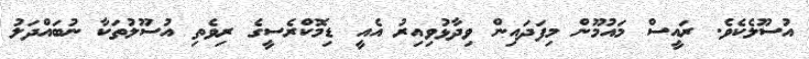
އުސޫލެކެވެ. ރައީސް މައުމޫން މިފަދައިން ވިދާޅުވިއިރު އެއީ ޑިމޮކްރެސީގެ ރިވެތި އުސޫލުތަކާ ނުބައްދަލު